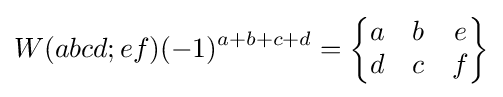
W(abcd;ef)(-1)^{a+b+c+d}={\begin{Bmatrix}a&b&e\\d&c&f\end{Bmatrix}}